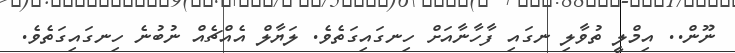
ނޫން.. އިމްލީ ތުވާލި ނގައި ފާހާނާއަށް ހިނގައިގަތެވެ. ލަޔާލް އެއްޗެއް ނުބުނެ ހިނގައިގަތެވެ.